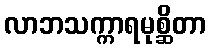
လာဘသက္ကာရမုစ္ဆိတာ